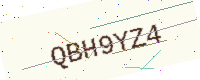
Text: QBH9YZ4